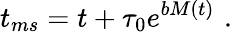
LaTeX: t_{ms}=t+\tau_{0}e^{bM(t)}\, \, .